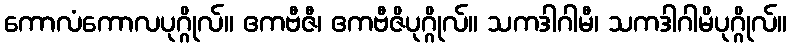
ကောလံကောလပုဂ္ဂိုလ်။ ဧကဗီဇီ၊ ဧကဗီဇိပုဂ္ဂိုလ်။ သကဒါဂါမီ၊ သကဒါဂါမိပုဂ္ဂိုလ်။